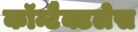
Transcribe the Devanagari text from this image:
कॉन्टैक्टलेस